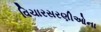
વિચારસરણીઓના